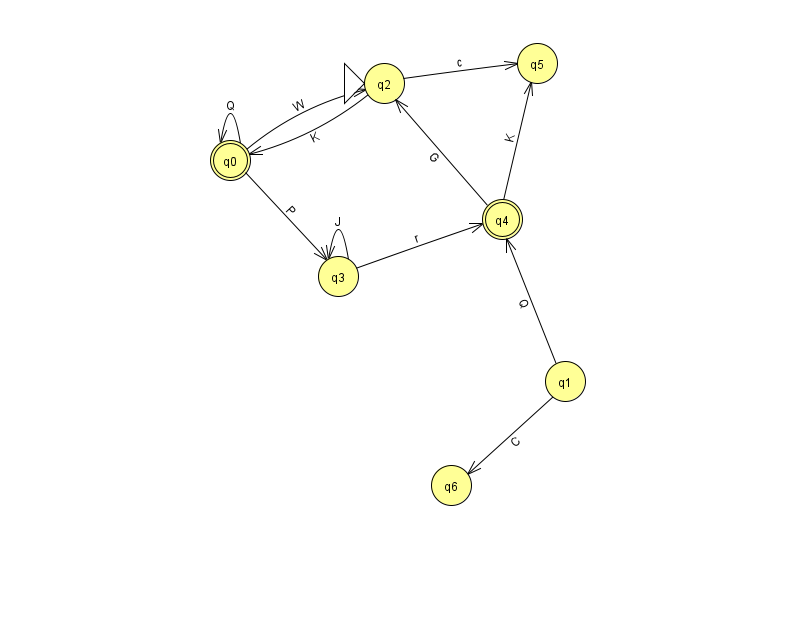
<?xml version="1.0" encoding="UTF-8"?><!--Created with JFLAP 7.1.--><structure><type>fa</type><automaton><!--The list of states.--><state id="0" name="q0"><x>230.0</x><y>147.0</y><final/></state><state id="1" name="q1"><x>565.0</x><y>368.0</y></state><state id="2" name="q2"><x>384.0</x><y>70.0</y><initial/></state><state id="3" name="q3"><x>338.0</x><y>263.0</y></state><state id="4" name="q4"><x>502.0</x><y>206.0</y><final/></state><state id="5" name="q5"><x>537.0</x><y>50.0</y></state><state id="6" name="q6"><x>451.0</x><y>472.0</y></state><!--The list of transitions.--><transition><from>0</from><to>3</to><read>P</read></transition><transition><from>1</from><to>6</to><read>C</read></transition><transition><from>0</from><to>0</to><read>Q</read></transition><transition><from>3</from><to>4</to><read>r</read></transition><transition><from>2</from><to>0</to><read>K</read></transition><transition><from>0</from><to>2</to><read>W</read></transition><transition><from>1</from><to>4</to><read>Q</read></transition><transition><from>3</from><to>3</to><read>J</read></transition><transition><from>4</from><to>2</to><read>G</read></transition><transition><from>4</from><to>5</to><read>K</read></transition><transition><from>2</from><to>5</to><read>c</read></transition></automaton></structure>